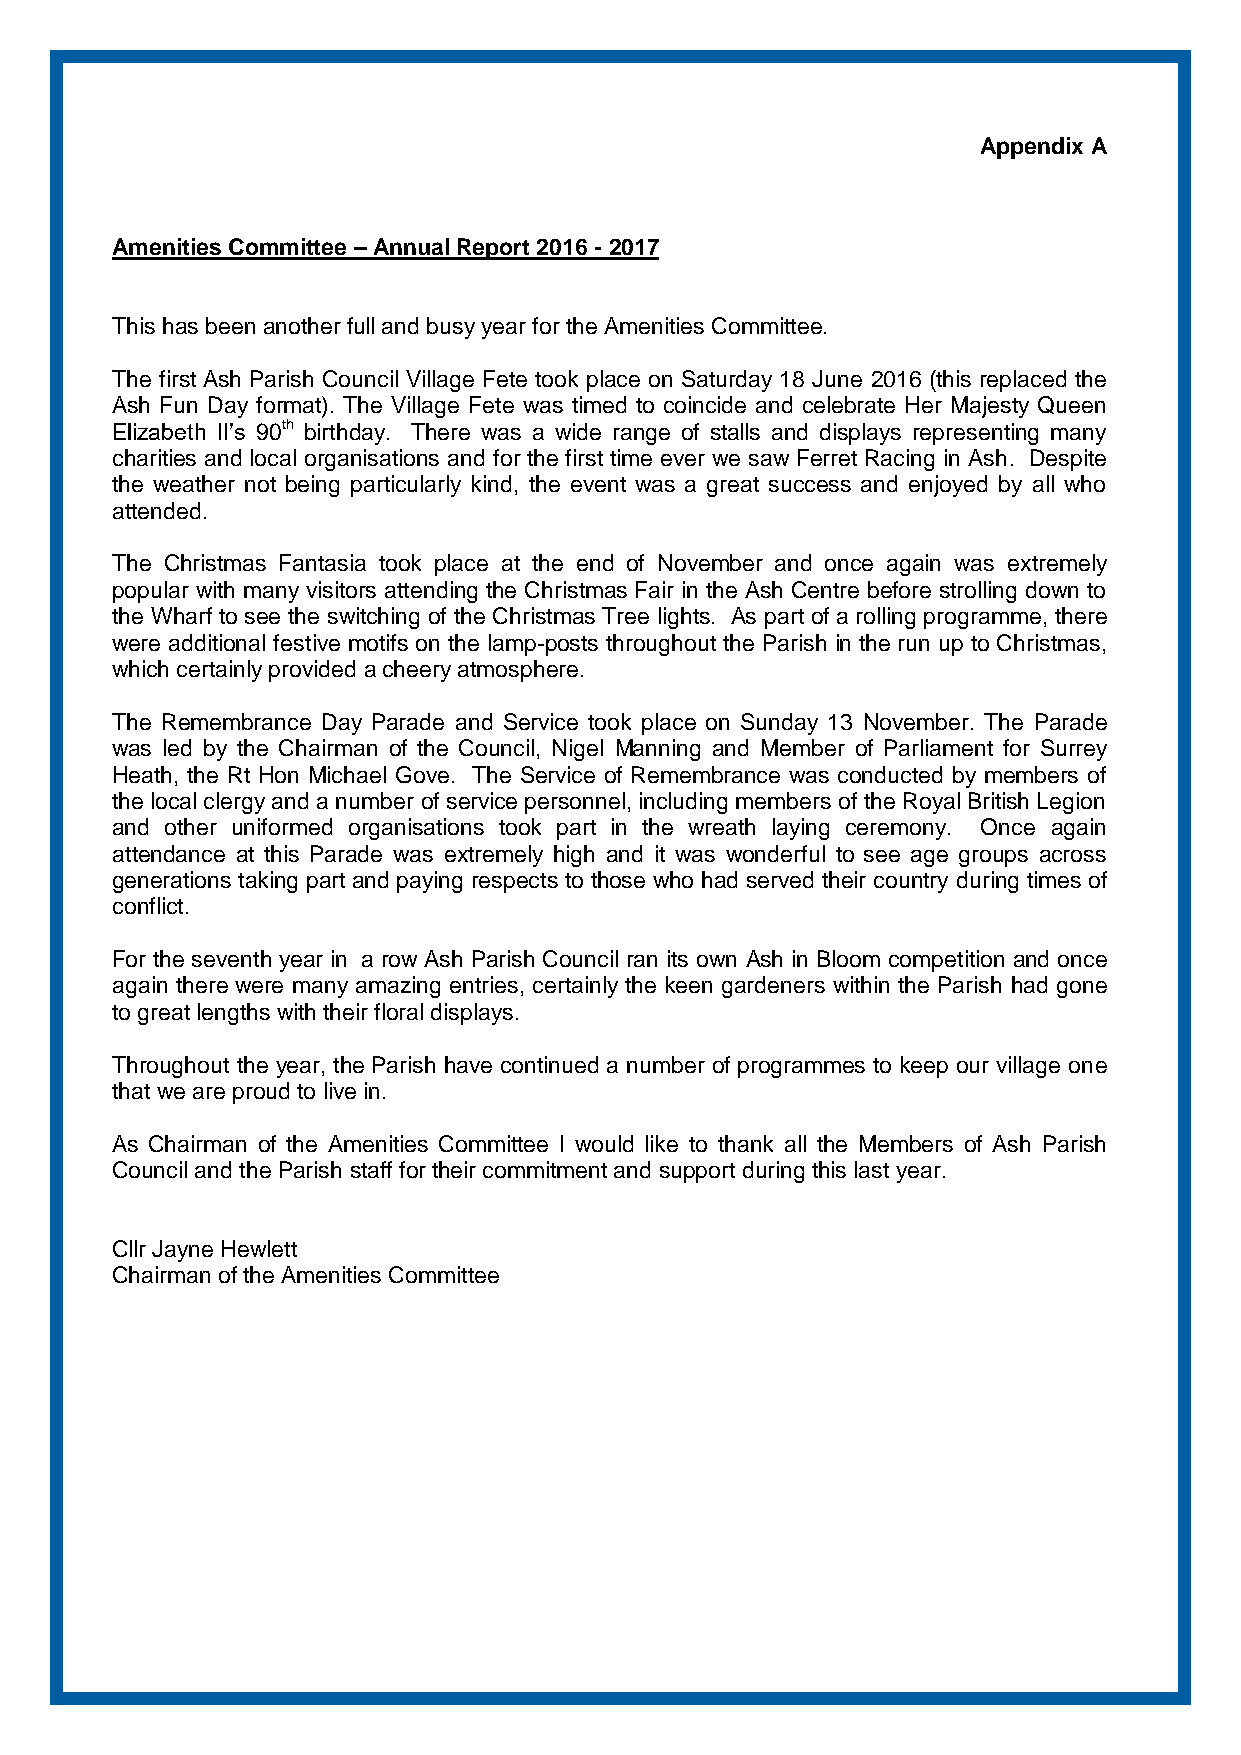
Appendix A
 Amenities Committee – Annual Report 2016 - 2017
 This has been another full and busy year for the Amenities Committee.
 The first Ash Parish Council Village Fete took place on Saturday 18 June 2016 (this replaced the
 Ash Fun Day format). The Village Fete was timed to coincide and celebrate Her Majesty Queen
 Elizabeth II’s 90th birthday. There was a wide range of stalls and displays representing many
 charities and local organisations and for the first time ever we saw Ferret Racing in Ash. Despite
 the weather not being particularly kind, the event was a great success and enjoyed by all who
 attended.
 The Christmas Fantasia took place at the end of November and once again was extremely
 popular with many visitors attending the Christmas Fair in the Ash Centre before strolling down to
 the Wharf to see the switching of the Christmas Tree lights. As part of a rolling programme, there
 were additional festive motifs on the lamp-posts throughout the Parish in the run up to Christmas,
 which certainly provided a cheery atmosphere.
 The Remembrance Day Parade and Service took place on Sunday 13 November. The Parade
 was led by the Chairman of the Council, Nigel Manning and Member of Parliament for Surrey
 Heath, the Rt Hon Michael Gove. The Service of Remembrance was conducted by members of
 the local clergy and a number of service personnel, including members of the Royal British Legion
 and other uniformed organisations took part in the wreath laying ceremony. Once again
 attendance at this Parade was extremely high and it was wonderful to see age groups across
 generations taking part and paying respects to those who had served their country during times of
 conflict.
 For the seventh year in a row Ash Parish Council ran its own Ash in Bloom competition and once
 again there were many amazing entries, certainly the keen gardeners within the Parish had gone
 to great lengths with their floral displays.
 Throughout the year, the Parish have continued a number of programmes to keep our village one
 that we are proud to live in.
 As Chairman of the Amenities Committee I would like to thank all the Members of Ash Parish
 Council and the Parish staff for their commitment and support during this last year.
 Cllr Jayne Hewlett
 Chairman of the Amenities Committee